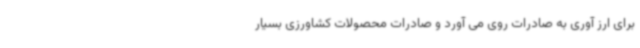
برای ارز آوری به صادرات روی می آورد و صادرات محصولات کشاورزی بسیار